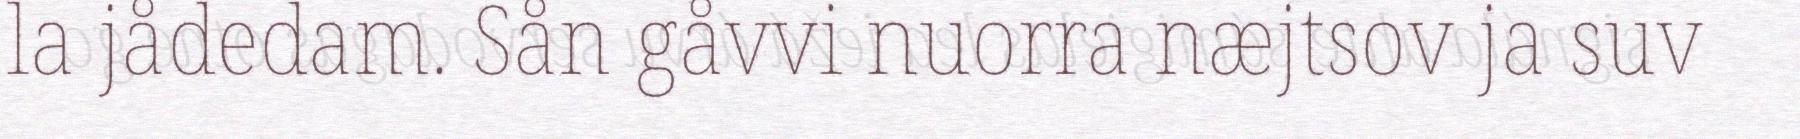
la jådedam. Sån gåvvi nuorra næjtsov ja suv